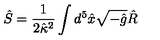
\hat { S } = \frac { 1 } { 2 \hat { \kappa } { } ^ { 2 } } \int d ^ { 5 } \hat { x } \sqrt { - \hat { g } } \hat { R }